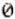
0